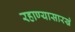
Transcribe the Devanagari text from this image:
रहाण्यासारखे